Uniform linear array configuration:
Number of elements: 4
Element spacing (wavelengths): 0.25
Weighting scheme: exponential
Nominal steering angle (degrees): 0
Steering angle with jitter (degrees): -0.4644
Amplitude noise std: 0.05
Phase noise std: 0.05

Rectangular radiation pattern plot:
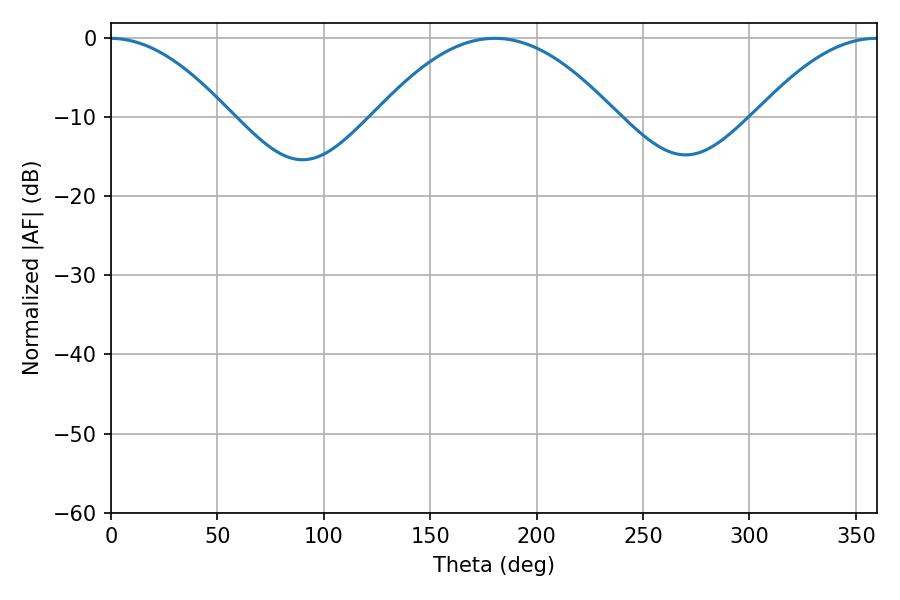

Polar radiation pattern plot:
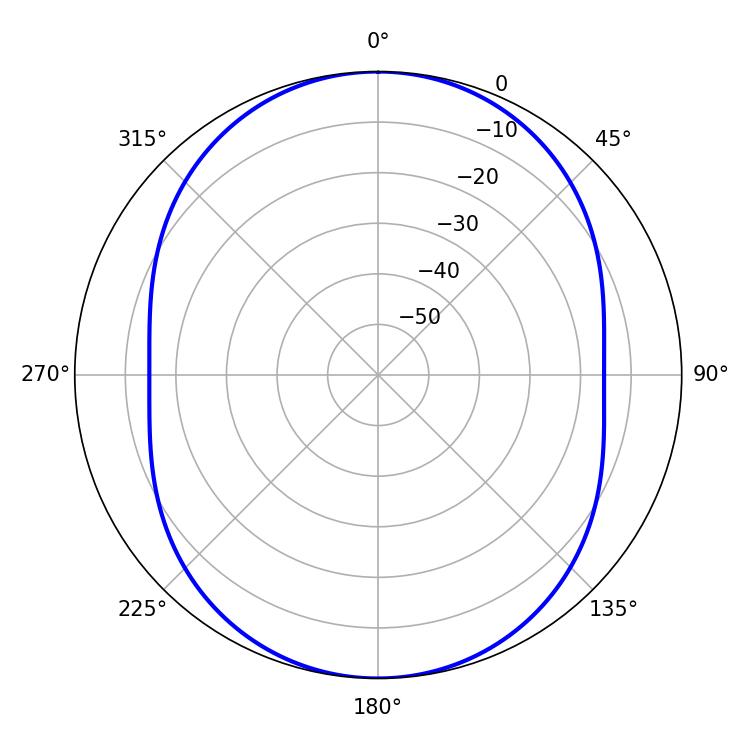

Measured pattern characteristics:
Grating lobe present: FALSE
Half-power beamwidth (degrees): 61.56
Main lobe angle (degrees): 180.36